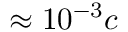
\approx 1 0 ^ { - 3 } c